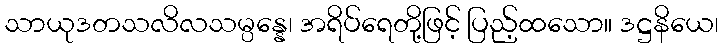
သာယုဒတသလိလသမ္ပန္နေ၊ အရိပ်ရေတို့ဖြင့် ပြည့်ထသော။ ဒဋ္ဌနိယေ၊